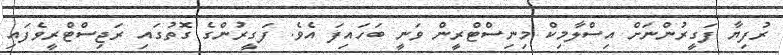
ރުފިޔާ ފަގީރުންނަށް އިސްލާމިކް މިނިސްޓްރީން ވަނީ ބަހައިފަ އެވެ. ފަގީރުންގެ ގޮތުގައި ރަޖިސްޓްރީވެފައި